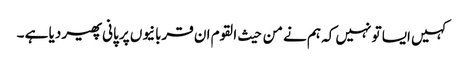
کہیں ایسا تو نہیں کہ ہم نے من حیث القوم ان قربانیوں پر پانی پھیر دیا ہے ۔